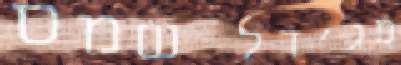
מג'דל שמס